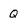
Character: Q